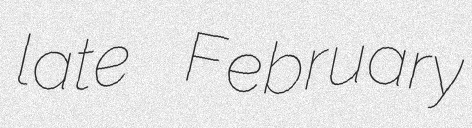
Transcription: late February